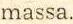
massa.